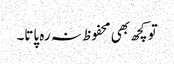
تو کچھ بھی محفوظ نہ رہ پاتا۔